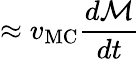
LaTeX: \approx v_{\mathrm{MC}}\frac{d\mathcal{M}}{dt}